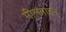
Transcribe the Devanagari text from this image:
मीलनातून